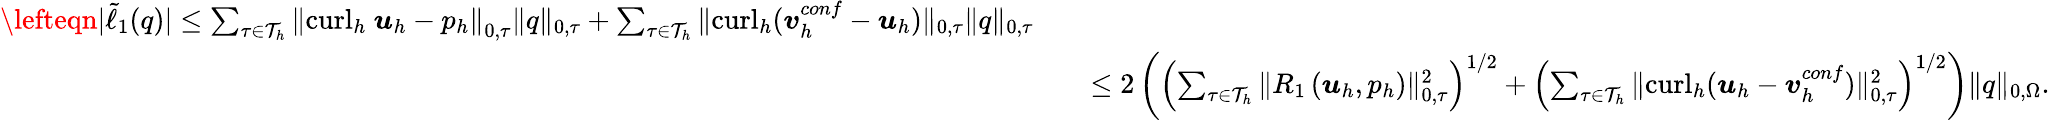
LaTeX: \begin{array}{rlr}{\lefteqn{|\tilde{\ell}_{1}(q)|\leq\sum_{\tau\in\mathcal{T}_{h}}\left\| \mathrm{curl}_{h}~\boldsymbol{u}_{h}-{p}_{h}\right\| _{0,\tau}\| {q}\| _{0,\tau}+\sum_{\tau\in\mathcal{T}_{h}}\| \mathrm{curl}_{h}(\boldsymbol{v}_{h}^{conf}-\boldsymbol{u}_{h})\| _{0,\tau}\| {q}\| _{0,\tau}}}\\ &{}&{\leq 2\left(\left(\sum_{\tau\in\mathcal{T}_{h}}\| R_{1}\left(\boldsymbol{u}_{h},p_{h}\right)\| _{0,\tau}^{2}\right)^{1/2}+\left(\sum_{\tau\in\mathcal{T}_{h}}\| \mathrm{curl}_{h}(\boldsymbol{u}_{h}-\boldsymbol{v}_{h}^{conf})\| _{0,\tau}^{2}\right)^{1/2}\right)\| q\| _{0,\Omega}.}\end{array}